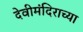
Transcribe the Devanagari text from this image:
देवीमंदिराच्या